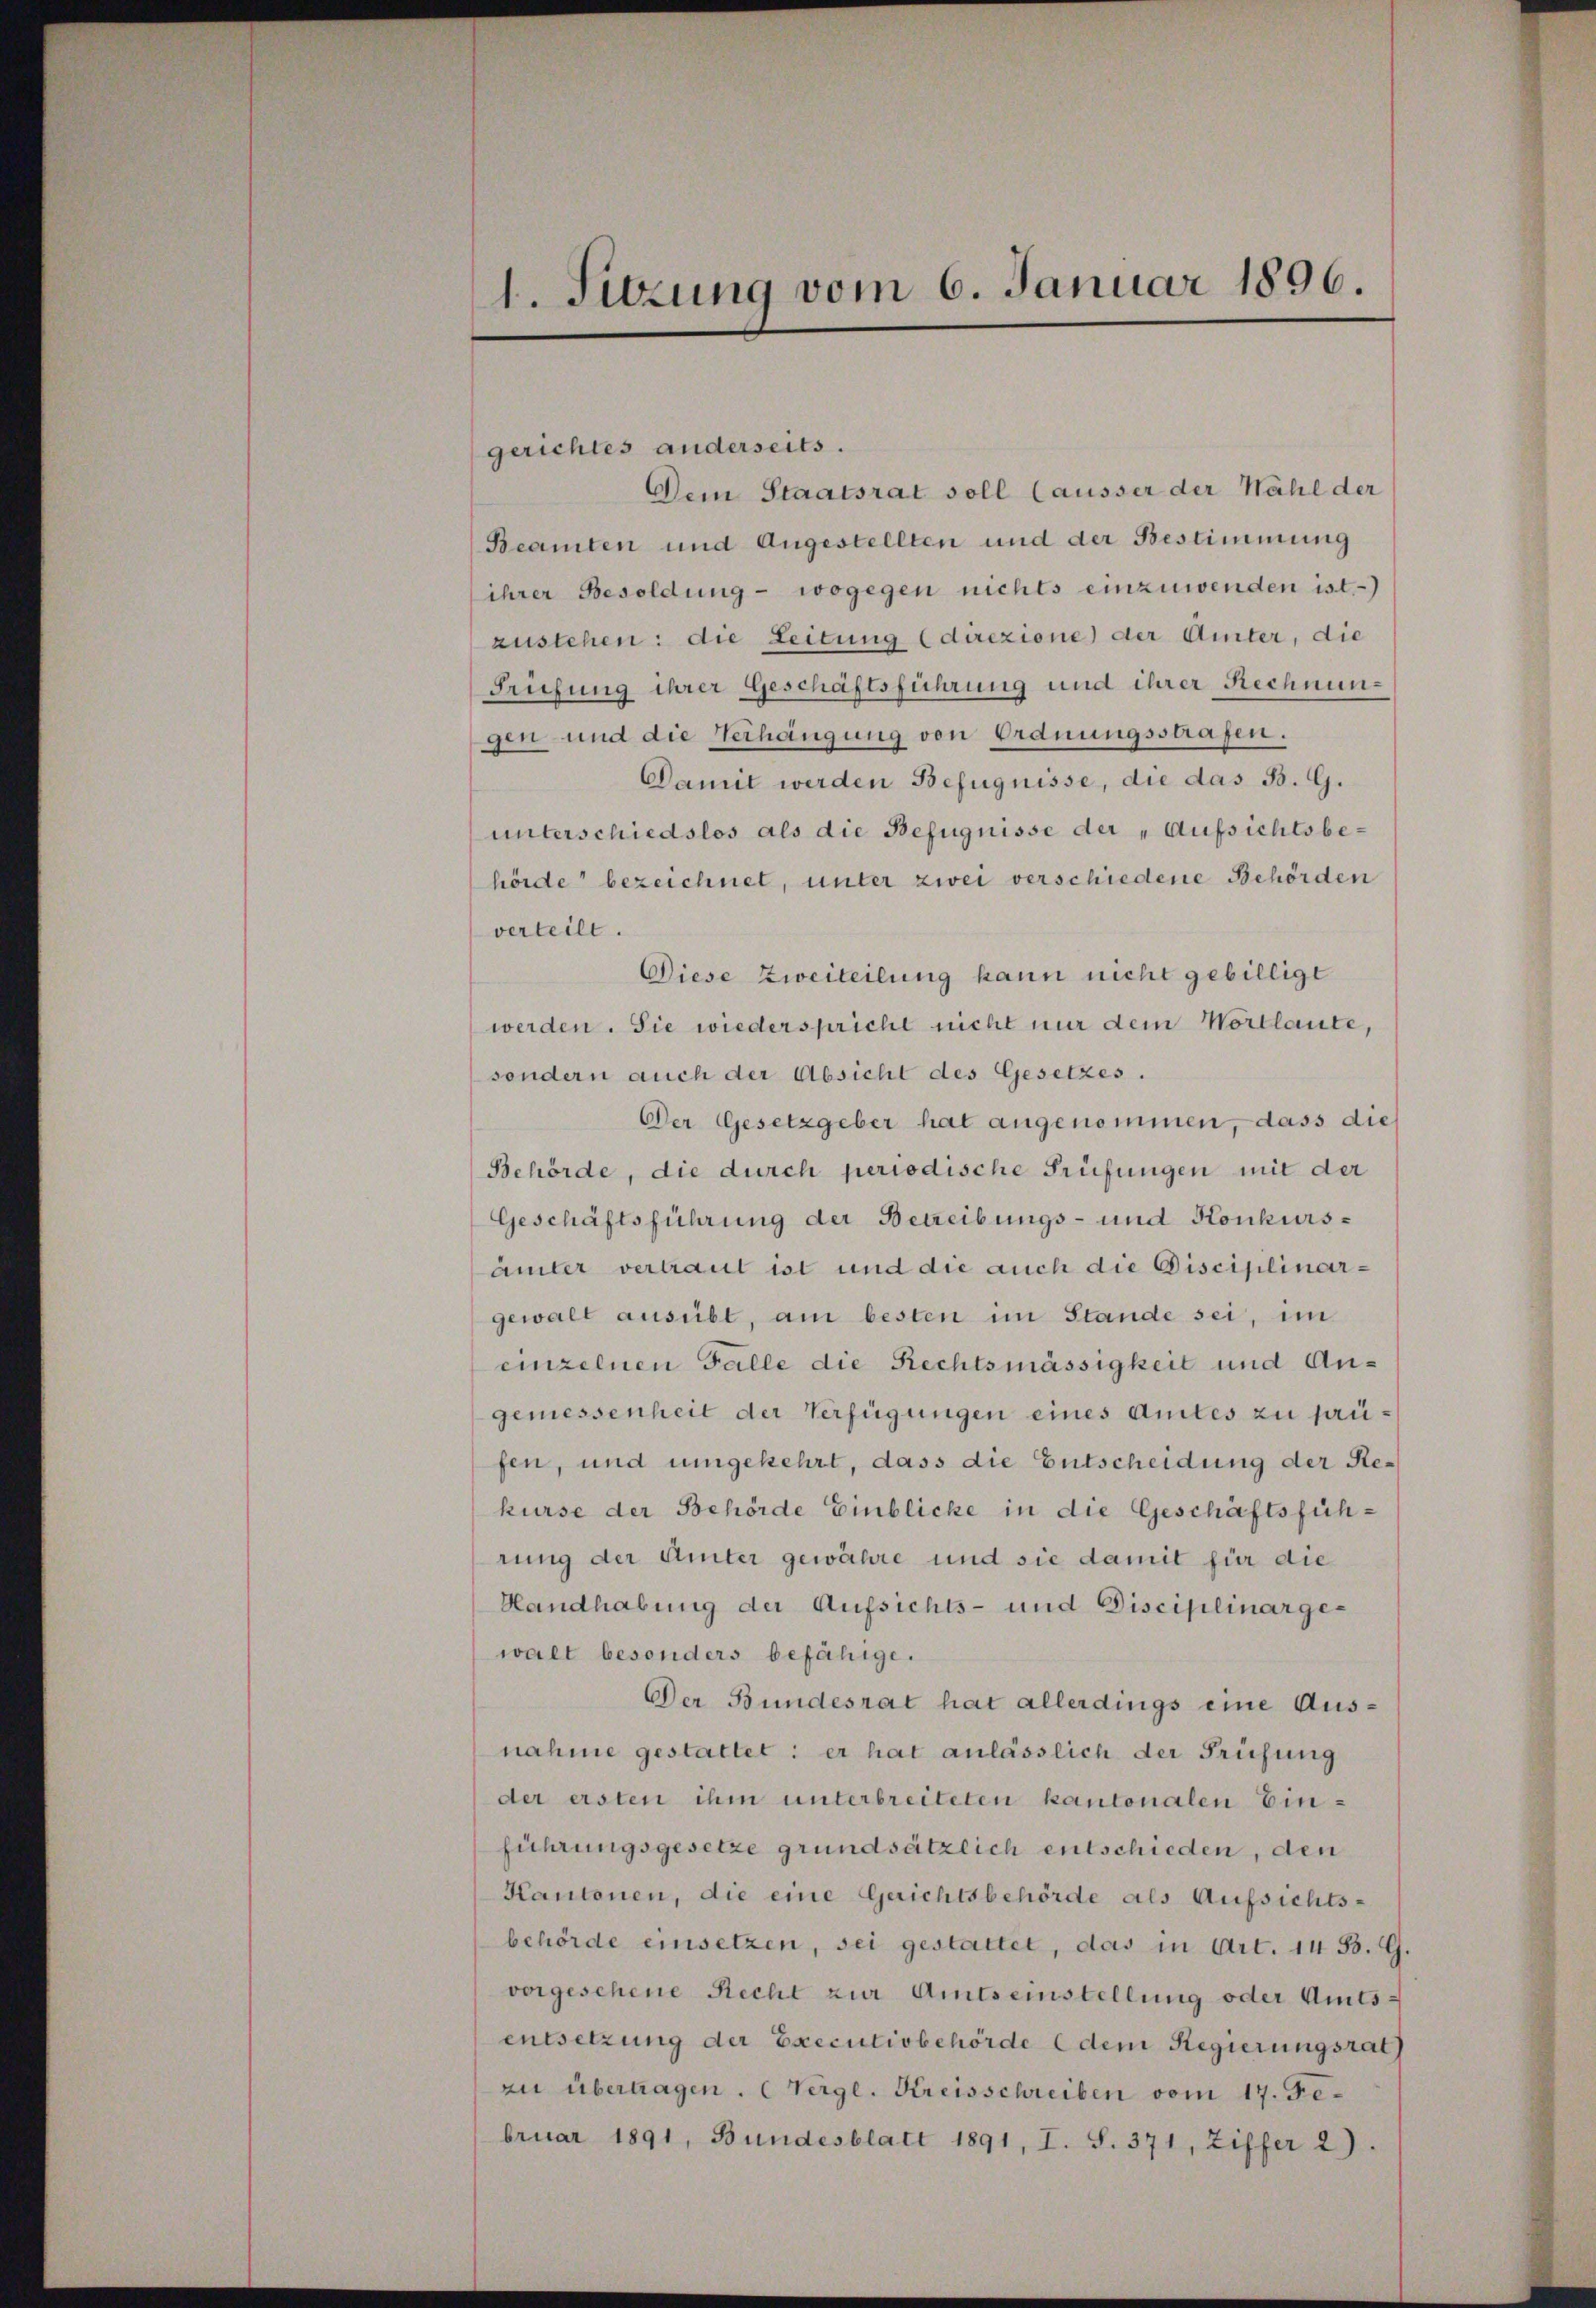
gerichtes anderseits.
Dein Staatsrat soll (ausser der Wahl der
Beamten und Angestellten und der Bestimmung
ihrer Besoldung - wogegen nichts einzuwenden ist.)
zustehen: die Leitung direzione der Amter, die
Trüfung ihrer Geschäftsführung und ihrer Rechnungen und die Verhängung von Ordnungsstrafen.
Damit werden Befugnisse, die das B. G.
unterschiedslos als die Befugnisse der „Aufsichtsbehörde bezeichnet, unter zwei verschiedene Behörden
verteilt.
Diese Zweiteilung kann nicht gebilligt
werden. Sie wiederspricht nicht nur dem Wortlaute,
sondern auch der Absicht des Gesetzes.
Der Gesetzgeber hat angenommen, dass die
Behörde, die durch periodische Prüfungen mit der
Geschäftsführung der Betreibungs- und Konkursämter vertraut ist und die auch die Disciplinar-
gewalt ausübt, am besten im Stande sei, im
einzelnen Falle die Rechtsmässigkeit und Angemessenheit der Verfügungen eines Amtes zu prüfen, und umgekehrt, dass die Entscheidung der Rekurse der Behörde Einblicke in die Geschäftsführung der Ämter gewähre und sie damit für die
Handhabung der Aufsichts- und Disciplinargewalt besonders befähige.
Der Bundesrat hat allerdings eine Ausnahme gestattet: er hat anlässlich der Prüfung
der ersten ihm unterbreiteten kantonalen Einführungsgesetze grundsätzlich entschieden, den
Kantonen, die eine Gerichtsbehörde als Aufsichts-
behörde einsetzen, sei gestattet, das in Art. 14 B. G
vorgesehene Recht zur Amtseinstellung oder Amts-
entsetzung der Executivbehörde (dem Regierungsrat
zu übertragen. (Vergl. Kreisschreiben vom 17. Februar 1891, Bundesblatt 1891, I. S. 371, Ziffer 2)

1. Sitzung vom 6. Januar 1896.